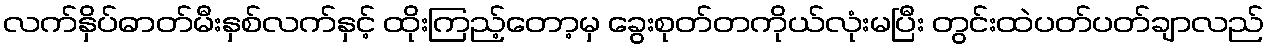
လက်နှိပ်ဓာတ်မီးနှစ်လက်နှင့် ထိုးကြည့်တော့မှ ခွေးစုတ်တကိုယ်လုံးမပြီး တွင်းထဲပတ်ပတ်ချာလည်